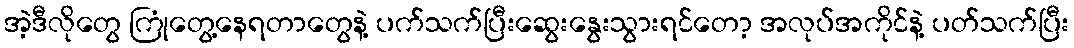
အဲ့ဒီလိုတွေ ကြုံတွေ့နေရတာတွေနဲ့ ပက်သက်ပြီးဆွေးနွေးသွားရင်တော့ အလုပ်အကိုင်နဲ့ ပတ်သက်ပြီး